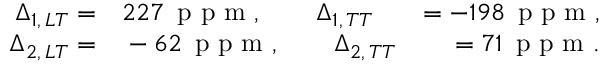
\begin{array} { r l r } { \Delta _ { 1 , \, L T } = } & { { } 2 2 7 \, \mathrm { ~ p ~ p ~ m ~ } , \qquad \Delta _ { 1 , \, T T } } & { = - 1 9 8 \, \mathrm { ~ p ~ p ~ m ~ } , } \\ { \qquad \Delta _ { 2 , \, L T } = } & { { } - 6 2 \, \mathrm { ~ p ~ p ~ m ~ } , \qquad \Delta _ { 2 , \, T T } } & { = 7 1 \, \mathrm { ~ p ~ p ~ m ~ } . } \end{array}